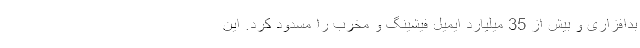
بدافزاری و بیش از 35 میلیارد ایمیل فیشینگ و مخرب را مسدود کرد. این